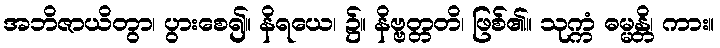
အဘိဇာယိတွာ၊ ပွားစေ၍။ နိရယေ၊ ၌။ နိဗ္ဗတ္တတိ၊ ဖြစ်၏။ သုက္ကံ ဓမ္မန္တိ၊ ကား။